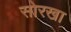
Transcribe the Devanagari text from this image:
सोरखा